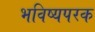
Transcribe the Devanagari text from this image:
भविष्यपरक